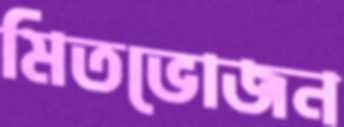
মিতভোজন